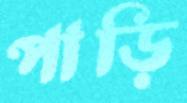
পাড়ি